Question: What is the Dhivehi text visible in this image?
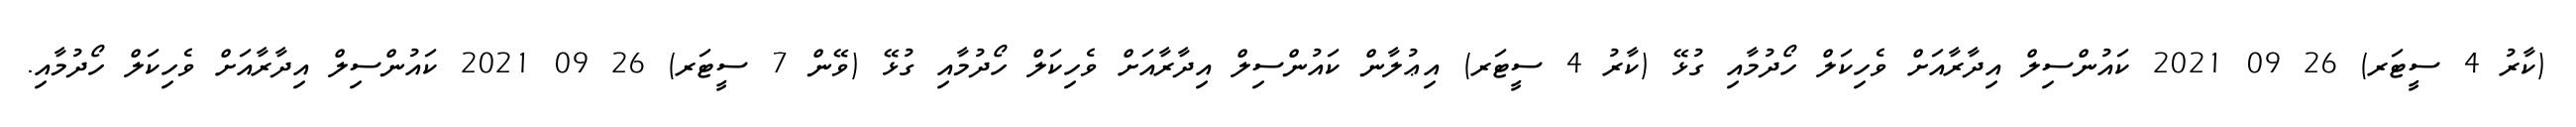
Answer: (ކާރު 4 ސީޓަރ) 26 09 2021 ކައުންސިލް އިދާރާއަށް ވެހިކަލް ހޯދުމާއި ގުޅޭ (ކާރު 4 ސީޓަރ) އިޢުލާން ކައުންސިލް އިދާރާއަށް ވެހިކަލް ހޯދުމާއި ގުޅޭ (ވޭން 7 ސީޓަރ) 26 09 2021 ކައުންސިލް އިދާރާއަށް ވެހިކަލް ހޯދުމާއި.